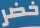
خضر